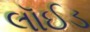
લૉઈડ